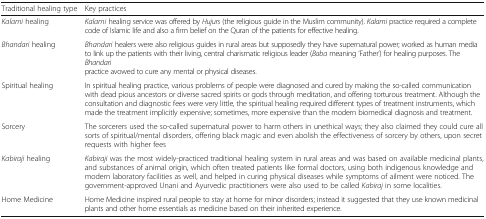
<table><thead><tr><td><b>Traditional healing type</b></td><td><b>Key practices</b></td></tr></thead><tbody><tr><td><i>Kalami</i> healing</td><td><i>Kalami</i> healing service was offered by <i>Hujurs</i> (the religious guide in the Muslim community). <i>Kalami</i> practice required a complete code of Islamic life and also a firm belief on the Quran of the patients for effective healing.</td></tr><tr><td><i>Bhandari</i> healing</td><td><i>Bhandari</i> healers were also religious guides in rural areas but supposedly they have supernatural power; worked as human media to link up the patients with their living, central charismatic religious leader (<i>Baba</i> meaning ‘Father’) for healing purposes. The <i>Bhandari</i> practice avowed to cure any mental or physical diseases.</td></tr><tr><td>Spiritual healing</td><td>In spiritual healing practice, various problems of people were diagnosed and cured by making the so-called communication with dead pious ancestors or diverse sacred spirits or gods through meditation, and offering torturous treatment. Although the consultation and diagnostic fees were very little, the spiritual healing required different types of treatment instruments, which made the treatment implicitly expensive; sometimes, more expensive than the modern biomedical diagnosis and treatment.</td></tr><tr><td>Sorcery</td><td>The sorcerers used the so-called supernatural power to harm others in unethical ways; they also claimed they could cure all sorts of spiritual/mental disorders, offering black magic and even abolish the effectiveness of sorcery by others, upon secret requests with higher fees</td></tr><tr><td><i>Kabiraji</i> healing</td><td><i>Kabiraji</i> was the most widely-practiced traditional healing system in rural areas and was based on available medicinal plants, and substances of animal origin, which often treated patients like formal doctors, using both indigenous knowledge and modern laboratory facilities as well, and helped in curing physical diseases while symptoms of ailment were noticed. The government-approved Unani and Ayurvedic practitioners were also used to be called <i>Kabiraj</i> in some localities.</td></tr><tr><td>Home Medicine</td><td>Home Medicine inspired rural people to stay at home for minor disorders; instead it suggested that they use known medicinal plants and other home essentials as medicine based on their inherited experience.</td></tr></tbody></table>